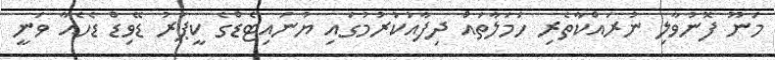
މަނޫ ފޮނުވާލި ނުރައްކާތެރި ހަމަލާތައް ދިފާއުކުރުމުގައި ޔުނައިޓެޑްގެ ކީޕަރު ޑޭވިޑް ޑެހެއާ ވަނީ